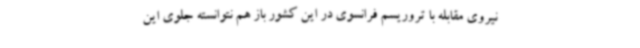
نیروی مقابله با تروریسم فرانسوی در این کشور باز هم نتوانسته جلوی این